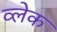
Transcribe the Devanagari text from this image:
व्लेक